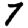
Digit: 7